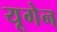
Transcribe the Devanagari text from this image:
यूगेन